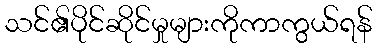
သင်၏ပိုင်ဆိုင်မှုများကိုကာကွယ်ရန်